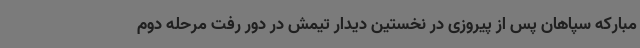
مبارکه سپاهان پس از پیروزی در نخستین دیدار تیمش در دور رفت مرحله دوم